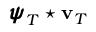
{ \pmb { \psi } } _ { T } \star { \bf v } _ { T }